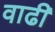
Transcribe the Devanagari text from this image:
वाढी